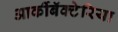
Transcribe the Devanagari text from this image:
आर्कीबॅक्टेरिया